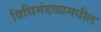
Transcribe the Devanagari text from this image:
विधिमंडळामधील